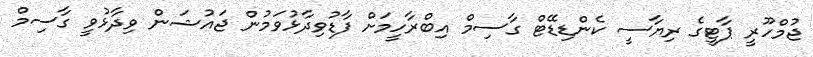
ޖުމްހޫރީ ޕާޓީގެ ރިޔާސީ ކެންޑިޑޭޓް ގާސިމް އިބްރާހީމަށް ފާޑުވިދާޅުވަމުން ޖައުޝަން ވިދާޅުވީ ގާސިމް